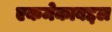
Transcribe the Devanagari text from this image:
एकमेकाबद्दल